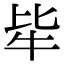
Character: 𤘤